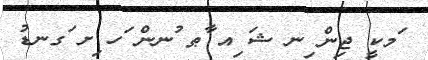
ަމކީ ޖިން ިނ ޝަ ިއ ާޠ ުނން ަހ ިށ ަގނޑު